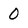
Character: 0